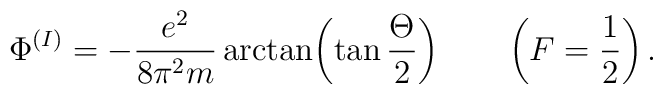
\Phi^{(I)}=-{e^2\over8\pi^2m}\arctan\biggl(\tan{\Theta\over2}\biggr)\qquad\left(F=\frac{1}{2}\right).